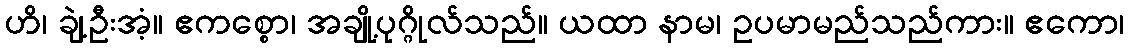
ဟိ၊ ချဲ့ဦးအံ့။ ဧကစ္စော၊ အချို့ပုဂ္ဂိုလ်သည်။ ယထာ နာမ၊ ဥပမာမည်သည်ကား။ ဧကော၊